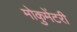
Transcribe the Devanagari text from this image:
मोकुमेंटरी